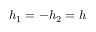
h _ { 1 } = - h _ { 2 } = h